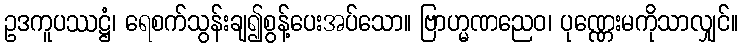
ဥဒကူပဿဋ္ဌံ၊ ရေစက်သွန်းချ၍စွန့်ပေးအပ်သော။ ဗြာဟ္မဏညေဝ၊ ပုဏ္ဏေးမကိုသာလျှင်။